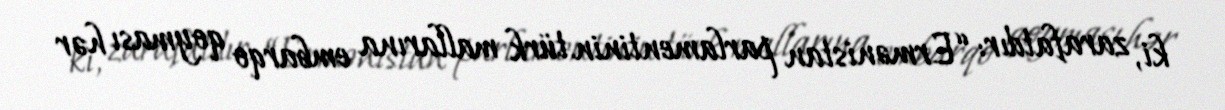
ki, zarafatdır: “Ermənistan parlamentinin türk mallarına embarqo qoyması hər